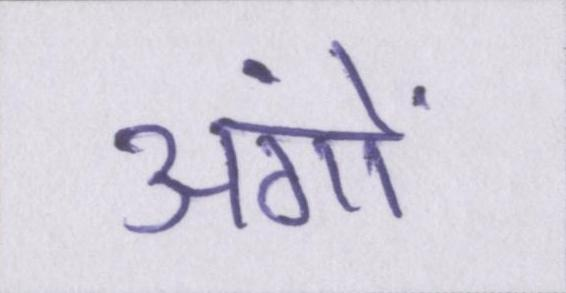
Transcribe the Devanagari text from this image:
अंगों